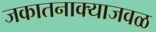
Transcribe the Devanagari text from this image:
जकातनाक्याजवळ